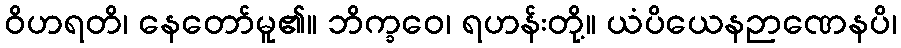
ဝိဟရတိ၊ နေတော်မူ၏။ ဘိက္ခဝေ၊ ရဟန်းတို့။ ယံပိယေနဉာဏေနပိ၊